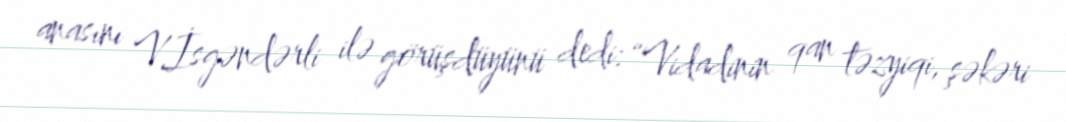
anasını V.İsgəndərli ilə görüşdüyünü dedi: “Vidadinin qan təzyiqi, şəkəri